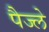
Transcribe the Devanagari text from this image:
पैज्ले